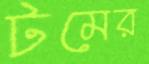
টমের